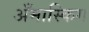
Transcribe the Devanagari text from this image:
अँमास्किग